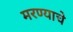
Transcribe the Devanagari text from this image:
मरण्याचे